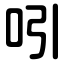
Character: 吲